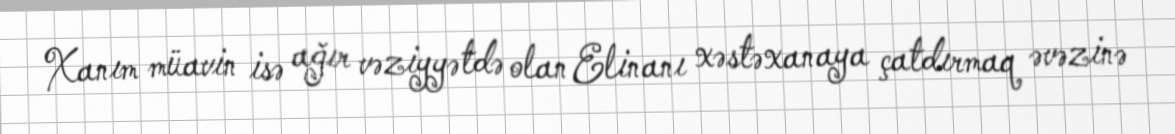
Xanım müavin isə ağır vəziyyətdə olan Elinanı xəstəxanaya çatdırmaq əvəzinə